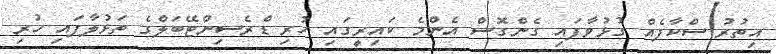
އިތުރު ސްކާފެއް ގުޅުވާފައި ގެންގޮސް އެންމެ ކައިރީގައި ހުރި ޑްރެސިންޓޭބަލްގެ ތަޅުލާފައި ހުރި